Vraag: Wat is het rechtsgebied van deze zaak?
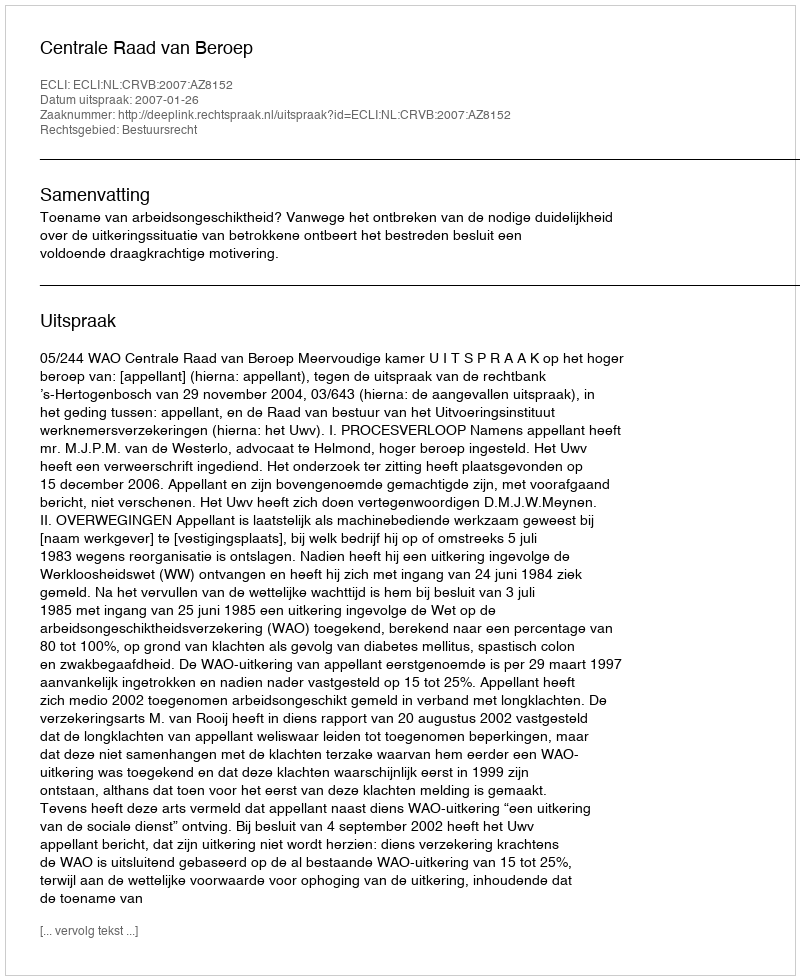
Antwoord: Bestuursrecht